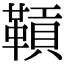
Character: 𩌌